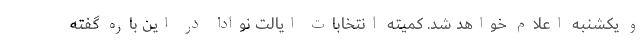
و یکشنبه اعلام خواهد شد. کمیته انتخابات ایالت نوادا در این باره گفته